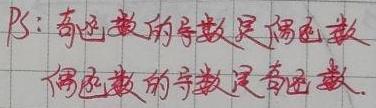
$P3:$ 奇函数的导数是偶函数
偶函数的导数是奇函数